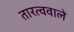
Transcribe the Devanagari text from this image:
तारत्ववाले